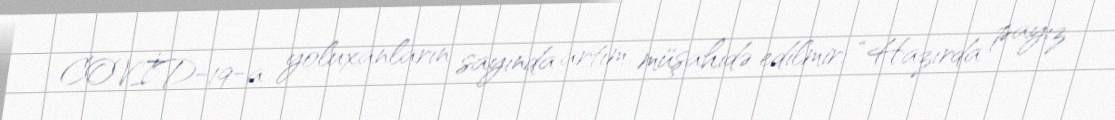
COVİD-19-a yoluxanların sayında artım müşahidə edilmir: “Hazırda payız